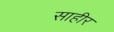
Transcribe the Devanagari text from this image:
साहीर